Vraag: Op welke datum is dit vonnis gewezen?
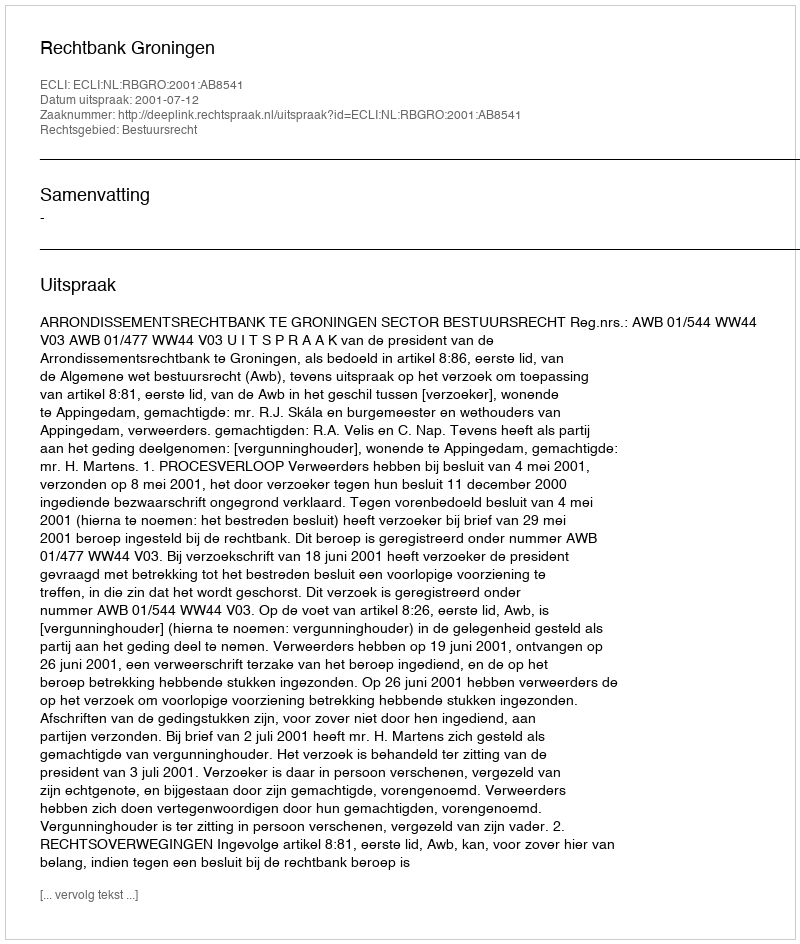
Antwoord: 2001-07-12